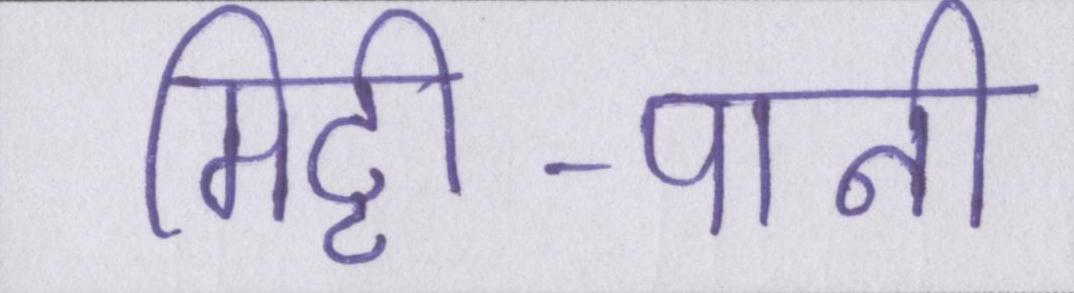
मिट्टी-पानी